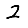
Digit: 2